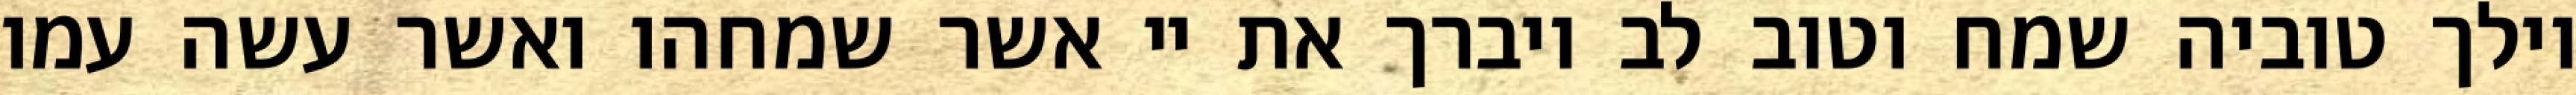
וילך טוביה שמח וטוב לב ויברך את יי אשר שמחהו ואשר עשה עמו